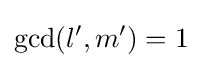
\operatorname {gcd} (l',m')=1